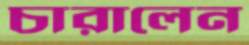
চারালেন